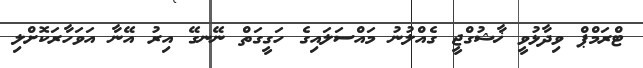
ޓްރަމްޕް ވިދާޅުވީ ޚާޝުގްޖީ ގެއްލުނު މައްސަލައިގެ ހަގީގަތް ނޭނގޭ އިރު އޭނާ އަވަހާރަކޮށްލި